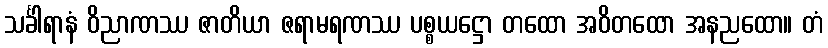
သင်္ခါရာနံ ဝိညာဏဿ ဇာတိယာ ဇရာမရဏဿ ပစ္စယဋ္ဌော တထော အဝိတထော အနညထော။ တံ